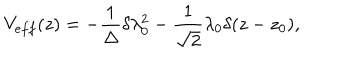
LaTeX: V _ { e f f } ( z ) = - \frac { 1 } { \Delta } \delta \lambda _ { 0 } ^ { 2 } - \frac { 1 } { \sqrt { 2 } } \lambda _ { 0 } \delta ( z - z _ { 0 } ) ,